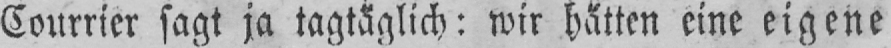
Courrier sagt ja tagtäglich: wir hätten eine eigene